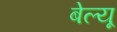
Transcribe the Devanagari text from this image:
बेल्यू